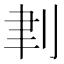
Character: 𠜈